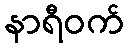
နာရီဝက်